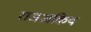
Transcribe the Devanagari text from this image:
राजअकिय